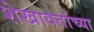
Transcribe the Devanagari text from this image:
शेखावतांच्या